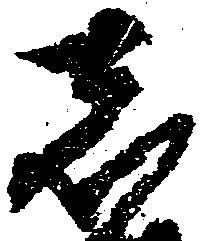
者